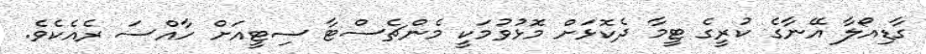
ގާޑިއޯލާ އޭނާގެ ކުރީގެ ޓީމާ ދެކޮޅަށް މޮޅުވުމަކީ މެންޗެސްޓާ ސިޓީއަށް ހާއްސަ ރެއެކެވެ.